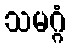
သမဂ္ဂံ